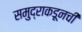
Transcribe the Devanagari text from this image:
समुद्राकडूनची